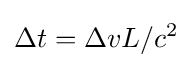
\Delta t=\Delta vL/c^{2}